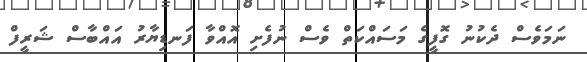
ނަމަވެސް ދެކުނު ގޮފީގެ މަސައްކަތް ވެސް ނުފެށި އޮއްވާ ފަނޑިޔާރު އައްބާސް ޝަރީފް